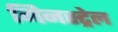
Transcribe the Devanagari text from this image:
मिनस्ट्रेल